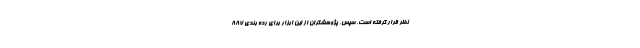
نظر قرار گرفته است. سپس، پژوهشگران از این ابزار برای رده بندی 887